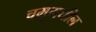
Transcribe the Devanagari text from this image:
चमूमधील